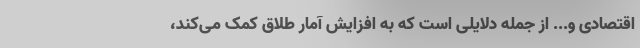
اقتصادی و... از جمله دلایلی است که به افزایش آمار طلاق کمک می‌کند،